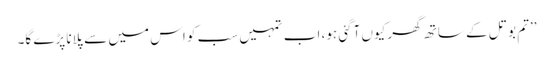
’’تم بوتل کے ساتھ گھر کیوں آگئی ہو، اب تمہیں سب کو اس میں سے پلانا پڑے گا۔